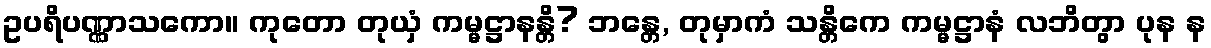
ဥပရိပဏ္ဏာသကော။ ကုတော တုယှံ ကမ္မဋ္ဌာနန္တိ? ဘန္တေ, တုမှာကံ သန္တိကေ ကမ္မဋ္ဌာနံ လဘိတွာ ပုန န